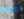
دمار